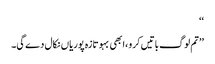
‘‘
’’تم لوگ باتیں کرو ،ابھی بہو تازہ پوریاں نکال دے گی۔